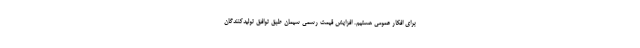
برای افکار عمومی هستیم. افزایش قیمت رسمی سیمان طبق توافق تولیدکنندگان